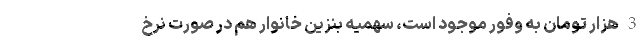
3 هزار تومان به وفور موجود است، سهمیه بنزین خانوار هم در صورت نرخ